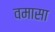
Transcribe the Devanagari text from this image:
वमासा